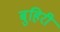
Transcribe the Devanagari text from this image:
बुहिरी